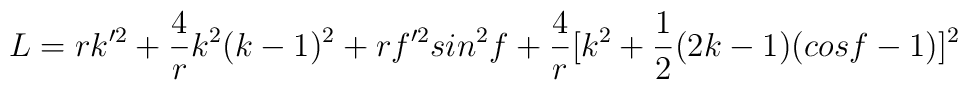
L=rk'^2+\frac{4}{r}k^2 (k-1)^2 +rf'^2 sin^2 f+\frac{4}{r}[k^2+\frac{1}{2}(2k-1)(cosf-1)]^2